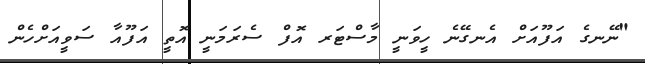
"ނޭނގެ އަފޫއަށް އެނގޭނެ ހީވަނީ މާސްޓަރ އޮފް ސެރަމަނީ އޮތީ އަފޫއާ ސަވީއަށްހެން